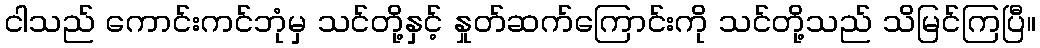
ငါသည် ကောင်းကင်ဘုံမှ သင်တို့နှင့် နှုတ်ဆက်ကြောင်းကို သင်တို့သည် သိမြင်ကြပြီ။